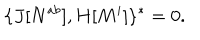
LaTeX: \{ J [ N ^ { a b } ] , H [ M ^ { i } ] \} ^ { * } = 0 .